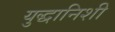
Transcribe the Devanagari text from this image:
युद्धानिशी